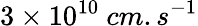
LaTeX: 3\times 10^{10}\ cm.s^{-1}